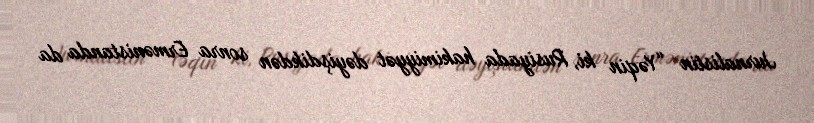
Jurnalistin “Yəqin ki, Rusiyada hakimiyyət dəyişdikdən sonra Ermənistanda da